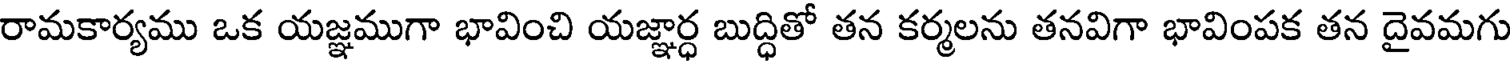
రామకార్యము ఒక యజ్ఞముగా భావించి యజ్ఞార్ధ బుద్ధితో తన కర్మలను తనవిగా భావింపక తన దైవమగు